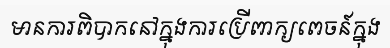
មានការពិបាកនៅក្នុងការប្រើពាក្យពេចន៍ក្នុង